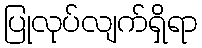
ပြုလုပ်လျက်ရှိရာ